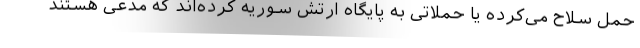
حمل سلاح می‌کرده یا حملاتی به پایگاه ارتش سوریه کرده‌اند که مدعی هستند